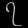
Digit: ၇